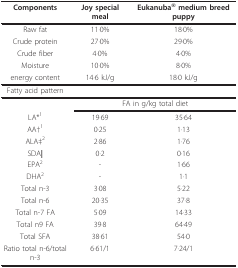
| Components | Joy special meal | Eukanuba® medium breed puppy |
 | --- | --- | --- |
 | Raw fat | 11·0% | 18·0% |
 | Crude protein | 27·0% | 29·0% |
 | Crude fiber | 4·0% | 4·0% |
 | Moisture | 10·0% | 8·0% |
 | energy content | 14·6 kJ/g | 18·0 kJ/g |
 | Fatty acid pattern |  |  |
 |  | <COLSPAN=2> FA in g/kg total diet |
 | LA*1 | 19·69 | 35·64 |
 | AA†1 | 0·25 | 1·13 |
 | ALA‡2 | 2·86 | 1·76 |
 | SDA| | 0·2 | 0·16 |
 | EPA2 | - | 1·66 |
 | DHA2 | - | 1·1 |
 | Total n-3 | 3·08 | 5·22 |
 | Total n-6 | 20·35 | 37·8 |
 | Total n-7 FA | 5·09 | 14·33 |
 | Total n9 FA | 39·8 | 64·49 |
 | Total SFA | 38·61 | 54·0 |
 | Ratio total n-6/total n-3 | 6·61/1 | 7·24/1 |